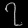
Digit: ၇